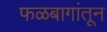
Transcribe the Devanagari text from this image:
फळबागांतून